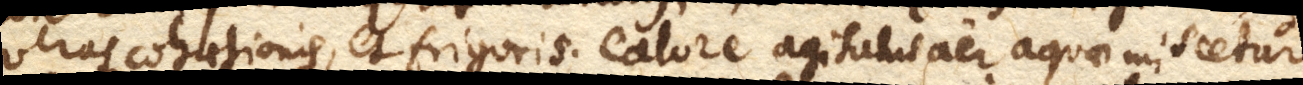
veras cohaesionis caloris, et frigoris. Calore agitatus aer aquae miscetur